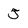
Character: 5